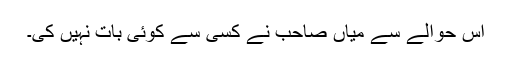
اس حوالے سے میاں صاحب نے کسی سے کوئی بات نہیں کی۔